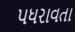
પધરાવતા